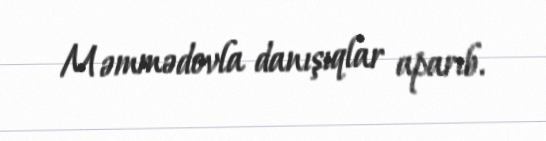
Məmmədovla danışıqlar aparıb.